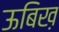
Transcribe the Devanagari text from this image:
ऊबिख़